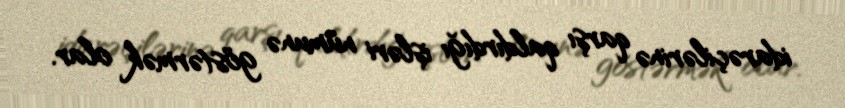
idarəçilərinə qarşı qaldırdığı işləri nümunə göstərmək olar.